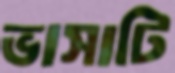
ভাসাটি